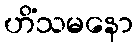
ဟိံသမနော